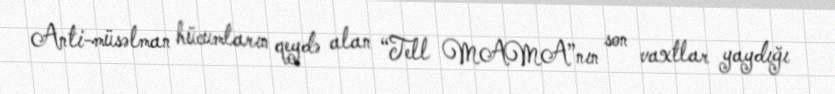
Anti-müsəlman hücumların qeydə alan “Tell MAMA”nın son vaxtlar yaydığı